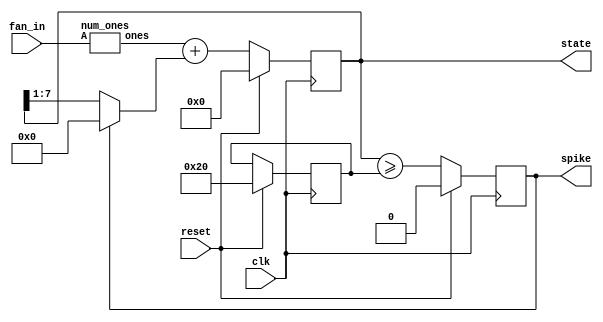
`default_nettype none
`timescale 1ns/1ns

module out_neuron (
    input wire              clk,
    input wire              reset,
    input wire [127:0]      fan_in,
    output reg              spike,
    output reg [7:0]        state
);

    reg [7:0] threshold;
    wire [7:0] post_synaptic, state_hist;

    num_ones num_ones0 (.A(fan_in), .ones(post_synaptic));
    assign state_hist = post_synaptic + (spike ? 0 : (state >> 1)); // scale by 1/

    integer i;
    always @(posedge clk) begin
        if (reset) begin
            threshold <= 32;
            state <= 0;
            spike <= 0;
        end else begin
            state <= state_hist;
            spike <= (state >= threshold);
        end
    end

endmodule

module num_ones (
    input [127:0] A,
    output reg [7:0] ones
    );

    integer i;

    always@(A)
    begin
        ones = 0;  //initialize count variable.
        for(i=0;i<128;i=i+1)   //for all the bits.
            ones = ones + A[i]; //Add the bit to the count.
    end

endmodule